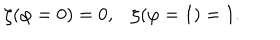
LaTeX: \zeta ( \varphi = 0 ) = 0 , \zeta ( \varphi = 1 ) = 1 .